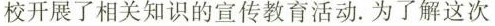
校开展了相关知识的宣传教育活动。为了解这次